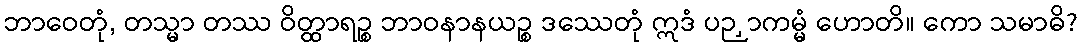
ဘာဝေတုံ, တသ္မာ တဿ ဝိတ္ထာရဉ္စ ဘာဝနာနယဉ္စ ဒဿေတုံ ဣဒံ ပဉှာကမ္မံ ဟောတိ။ ကော သမာဓိ?